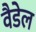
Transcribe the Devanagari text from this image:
वैडेल